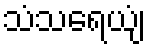
သံသရေယျံ